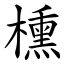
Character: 櫄